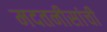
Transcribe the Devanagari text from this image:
मदतनीसांची